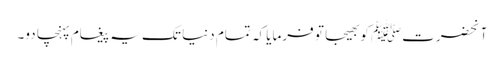
آنحضرتﷺ کو بھیجا تو فرمایا کہ تمام دنیا تک یہ پیغام پہنچا دو۔